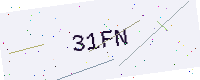
Text: 31FN